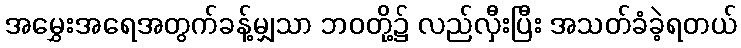
အမွှေးအရေအတွက်ခန့်မျှသာ ဘဝတို့၌ လည်လှီးပြီး အသတ်ခံခဲ့ရတယ်